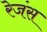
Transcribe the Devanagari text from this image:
रेजंस